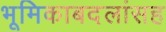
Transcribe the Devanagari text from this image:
भूमिकाबदलांसह